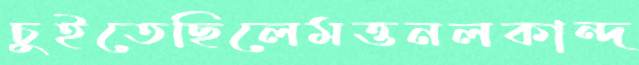
চুইতেছিলেমত্তনলকান্দ